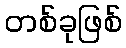
တစ်ခုဖြစ်